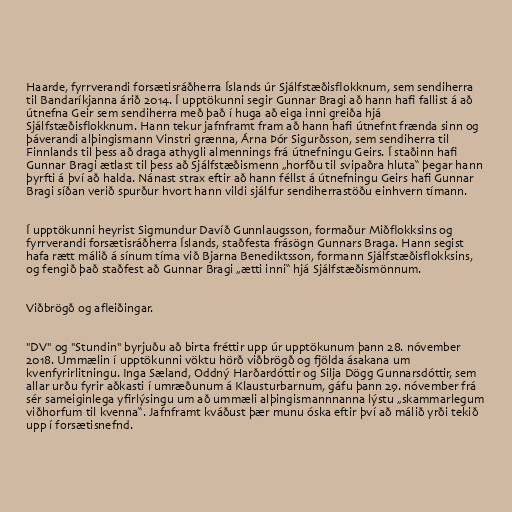
Haarde, fyrrverandi forsætisráðherra Íslands úr Sjálfstæðisflokknum, sem sendiherra
til Bandaríkjanna árið 2014. Í upptökunni segir Gunnar Bragi að hann hafi fallist á að
útnefna Geir sem sendiherra með það í huga að eiga inni greiða hjá
Sjálfstæðisflokknum. Hann tekur jafnframt fram að hann hafi útnefnt frænda sinn og
þáverandi alþingismann Vinstri grænna, Árna Þór Sigurðsson, sem sendiherra til
Finnlands til þess að draga athygli almennings frá útnefningu Geirs. Í staðinn hafi
Gunnar Bragi ætlast til þess að Sjálfstæðismenn „horfðu til svipaðra hluta“ þegar hann
þyrfti á því að halda. Nánast strax eftir að hann féllst á útnefningu Geirs hafi Gunnar
Bragi síðan verið spurður hvort hann vildi sjálfur sendiherrastöðu einhvern tímann.

Í upptökunni heyrist Sigmundur Davíð Gunnlaugsson, formaður Miðflokksins og
fyrrverandi forsætisráðherra Íslands, staðfesta frásögn Gunnars Braga. Hann segist
hafa rætt málið á sínum tíma við Bjarna Benediktsson, formann Sjálfstæðisflokksins,
og fengið það staðfest að Gunnar Bragi „ætti inni“ hjá Sjálfstæðismönnum.

Viðbrögð og afleiðingar.

"DV" og "Stundin" byrjuðu að birta fréttir upp úr upptökunum þann 28. nóvember
2018. Ummælin í upptökunni vöktu hörð viðbrögð og fjölda ásakana um
kvenfyrirlitningu. Inga Sæland, Oddný Harðardóttir og Silja Dögg Gunnarsdóttir, sem
allar urðu fyrir aðkasti í umræðunum á Klausturbarnum, gáfu þann 29. nóvember frá
sér sameiginlega yfirlýsingu um að ummæli alþingismannnanna lýstu „skammarlegum
viðhorfum til kvenna“. Jafnframt kváðust þær munu óska eftir því að málið yrði tekið
upp í forsætisnefnd.